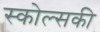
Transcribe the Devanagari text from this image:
स्कोल्सकी